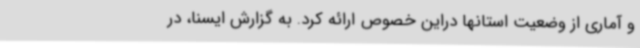
و آماری از وضعیت استانها دراین خصوص ارائه کرد. به گزارش ایسنا، در